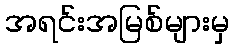
အရင်းအမြစ်များမှ